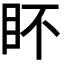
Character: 𭾟